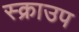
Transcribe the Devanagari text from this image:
स्क्राउप